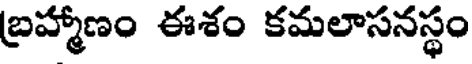
బ్రహ్మాణం ఈశం కమలాసనస్థం